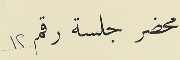
محضر جلسة رقم 12